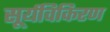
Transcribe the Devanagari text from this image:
सूर्यविकिरण